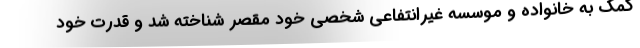
کمک به خانواده و موسسه غیرانتفاعی شخصی خود مقصر شناخته شد و قدرت خود